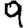
Digit: 9